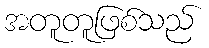
အတူတူဖြစ်သည်